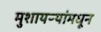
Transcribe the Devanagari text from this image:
मुशायऱ्यांमधून